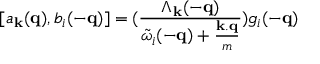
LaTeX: [ a _ { { \bf { k } } } ( { \bf { q } } ) , b _ { i } ( - { \bf { q } } ) ] = ( \frac { \Lambda _ { { \bf { k } } } ( - { \bf { q } } ) } { { \tilde { \omega } } _ { i } ( - { \bf { q } } ) + \frac { { \bf { k . q } } } { m } } ) g _ { i } ( - { \bf { q } } )